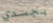
بجسدي